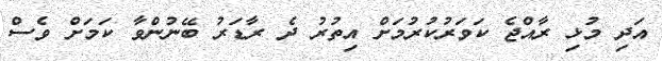
އަދި މުޅި ރާއްޖެ ކަވަރުކުރުމަށް އިތުރު ދެ ރާޑަރު ބޭނުންވާ ކަމަށް ވެސް